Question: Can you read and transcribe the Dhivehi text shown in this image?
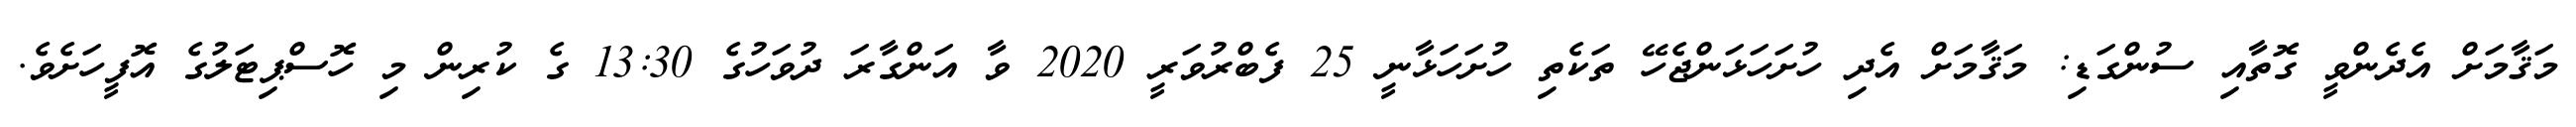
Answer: މަޤާމަށް އެދެންވީ ގޮތާއި ސުންގަޑި: މަޤާމަށް އެދި ހުށަހަޅަންޖެހޭ ތަކެތި ހުށަހަޅާނީ 25 ފެބްރުވަރީ 2020 ވާ އަންގާރަ ދުވަހުގެ 13:30 ގެ ކުރިން މި ހޮސްޕިޓަލުގެ އޮފީހަށެވެ.